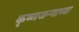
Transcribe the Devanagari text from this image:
कृष्णजन्माच्या